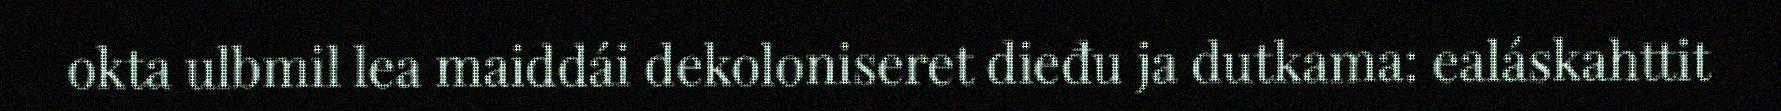
okta ulbmil lea maiddái dekoloniseret dieđu ja dutkama: ealáskahttit